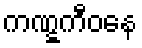
ကဏ္ဋကီဝနေ